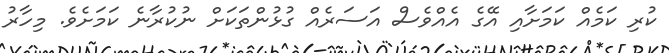
ކުރި ކަމެއް ކަމަށާއި އޭގެ އެއްވެސް އަސަރެއް ގުޅުންތަކަށް ނުކުރާނެ ކަމަށެވެ. މިހާރު